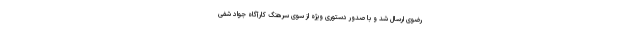
رضوی ارسال شد و با صدور دستوری ویژه از سوی سرهنگ کارآگاه جواد شفی